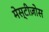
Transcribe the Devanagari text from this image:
मेस्टीज़ोस